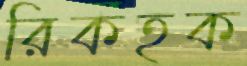
রিকহক